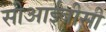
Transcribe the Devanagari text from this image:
सीआईबीसी